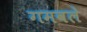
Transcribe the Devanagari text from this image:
गमवले